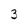
Character: 3